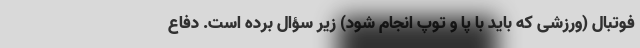
فوتبال (ورزشی که باید با پا و توپ انجام شود) زیر سؤال برده است. دفاع